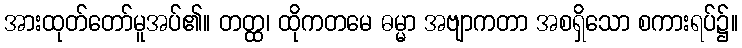
အားထုတ်တော်မူအပ်၏။ တတ္ထ၊ ထိုကတမေ ဓမ္မာ အဗျာကတာ အစရှိသော စကားရပ်၌။